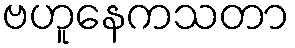
ဗဟူနေကသတာ